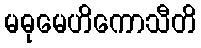
မဓုမေဟိကောသီတိ